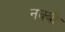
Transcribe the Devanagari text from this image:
नक्बी